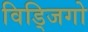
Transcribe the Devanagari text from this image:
विड्जिगो